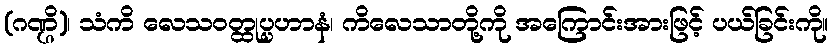
(ဂဏ္ဌိ)၊ သံကိ လေသဝတ္ထုပ္ပဟာနံ၊ ကိလေသာတို့ကို အကြောင်းအားဖြင့် ပယ်ခြင်းကို။